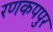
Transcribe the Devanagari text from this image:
रणकपपुर